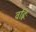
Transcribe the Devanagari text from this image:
वह्निः